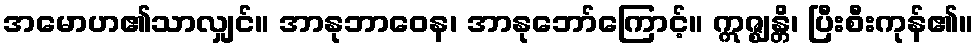
အမောဟ၏သာလျှင်။ အာနုဘာဝေန၊ အာနုဘော်ကြောင့်။ ဣဇ္ဈန္တိ၊ ပြီးစီးကုန်၏။